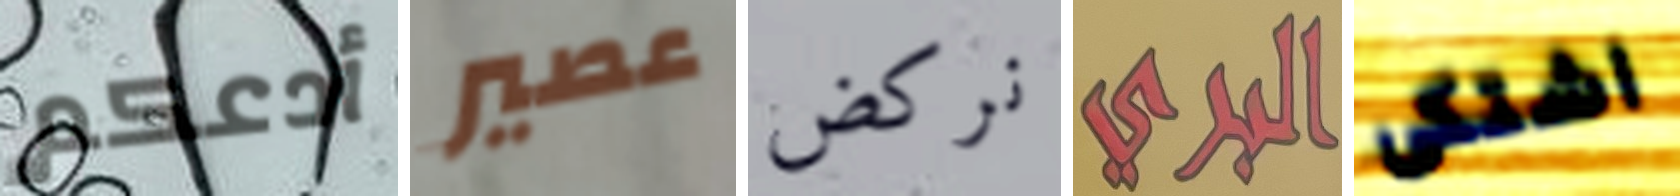
أدعكم عصير نركض البري اشتكى